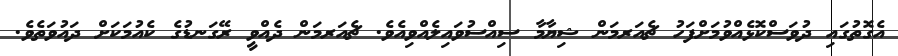
އެގޮތުގައި ދުވަސްކޮޅެއްވުމަށްފަހު ޗެއަރމަން ޝިޔާމާ ސިއްސުވައިލެއްވިއެވެ. ޗެއަރމަން ދެއްވީ ރޭގަނޑުގެ ކެއުމަކަށް ދައުވަތެވެ.